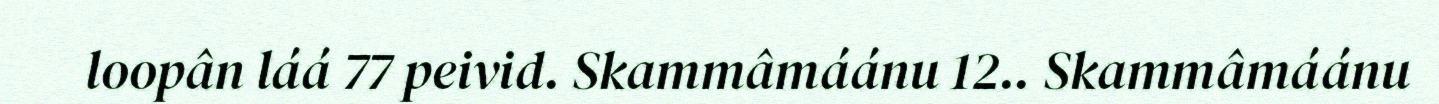
loopân láá 77 peivid. Skammâmáánu 12.. Skammâmáánu